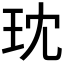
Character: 𪻔